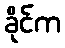
ခိုင်က